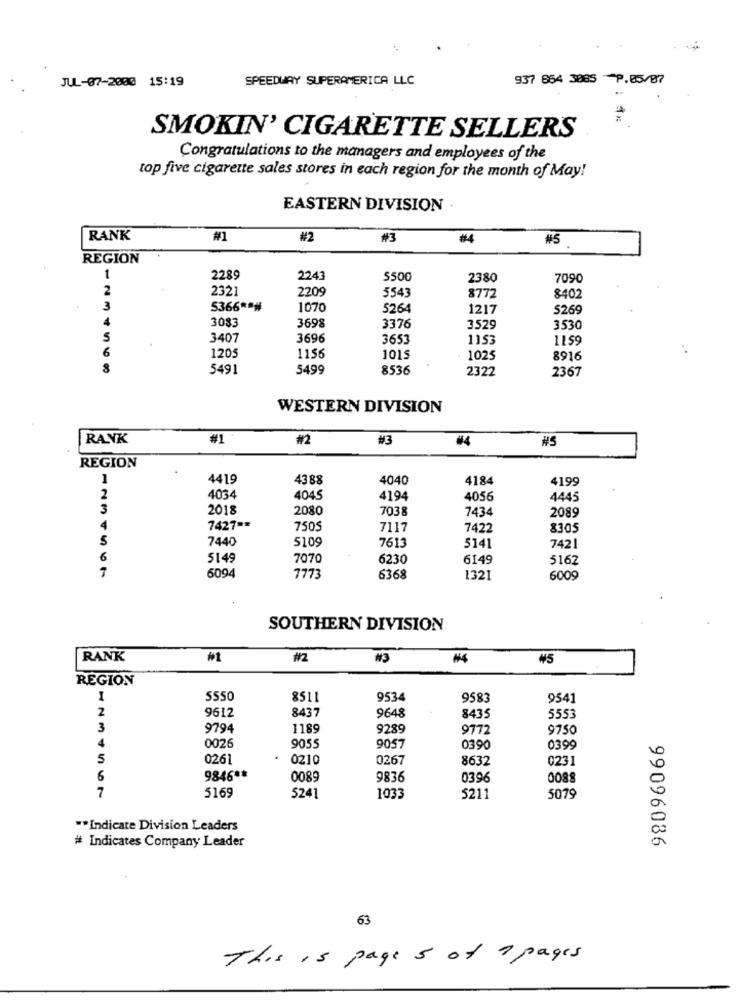
JUL-07-2000 15:19
SPEEDWAY SUPERAMERICA LLC
937 664 3085 P.85/87
SMOKIN' CIGARETTE SELLERS
Congratulations to the managers and employees of the
top five cigarette sales stores in each region for the month of May!
EASTERN DIVISION
RANK
#1
#2
#3
#4
#5
REGION
1
2289
2243
$500
2380
7090
2
2321
2209
5543
8772
8402
3
5366 ***
1070
5264
1217
S269
4
3083
3698
3376
3529
3530
5
3407
3696
3653
1153
1159
6
1205
1156
1015
1025
8916
5491
5499
8536
2322
2367
WESTERN DIVISION
RANK
#1
#2
#3
#4
#5
REGION
1
4419
4388
4040
4184
4199
2
4034
4045
4194
4056
4445
3
2018
2080
7038
7434
2089
7427 ==
7505
7117
7422
8305
5
7440
5109
7613
5141
7421
6
5149
7070
6230
6149
5162
7773
6094
6368
1321
6009
SOUTHERN DIVISION
RANK
#1
#2
#3
₩5
REGION
I
S550
8511
9534
9583
9541
2
9612
8437
9648
8435
5553
3
9794
1189
9289
9772
9750
4
0026
9055
9057
0390
0399
5
0261
0210
0267
8632
0231
6
9846 **
0089
9836
0396
0088
7
5169
5241
1033
5211
5079
** Indicate Division Leaders
# Indicates Company Leader
99096086
63
This is page
5
1 pages